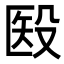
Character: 殹